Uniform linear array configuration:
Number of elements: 48
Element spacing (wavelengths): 1
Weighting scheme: hann
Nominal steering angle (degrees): -15
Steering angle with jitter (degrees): -15.903
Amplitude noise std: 0.05
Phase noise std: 0.05

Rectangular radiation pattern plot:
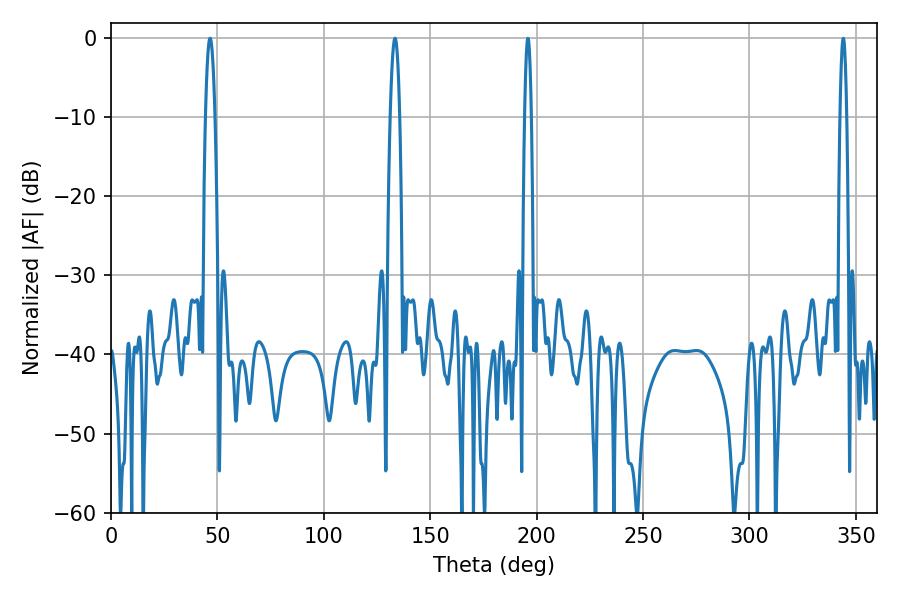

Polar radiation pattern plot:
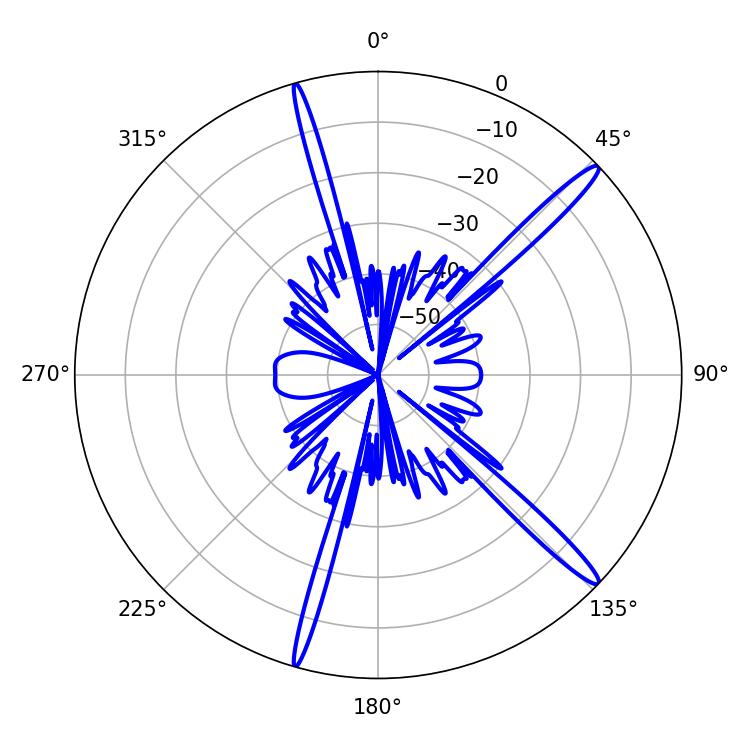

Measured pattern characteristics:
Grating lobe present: TRUE
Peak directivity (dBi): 16.029
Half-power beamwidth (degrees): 2.34
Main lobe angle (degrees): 46.62